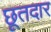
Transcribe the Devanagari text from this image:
छूतदार